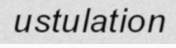
ustulation